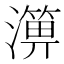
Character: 𤀥